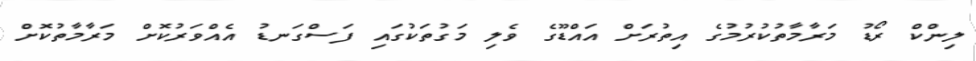
ލިންކް ރޯޑު މަރާމާތުކުރުމުގެ އިތުރަށް އައްޑޫގެ ވެލި މަގުތަކުގައި ފަސްގަނޑު އެއްވަރުކޮށް މަރާމާތުކޮށް